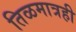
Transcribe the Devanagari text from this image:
तिळमात्रही